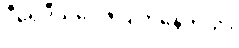
ဒီရေဒီယိုပေါ့။ ပျက်နေတယ်။